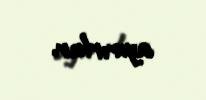
ayırırlar.